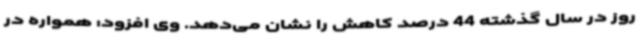
روز در سال گذشته 44 درصد کاهش را نشان می‌دهد. وی افزود: همواره در